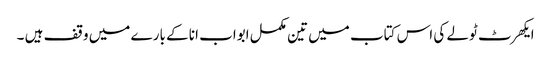
ایکھرٹ ٹولے کی اس کتاب میں تین مکمل ابواب انا کے بارے میں وقف ہیں ۔